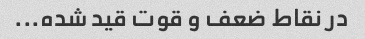
در نقاط ضعف و قوت قید شده...